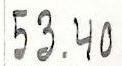
53.40